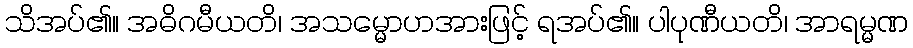
သိအပ်၏။ အဓိဂမီယတိ၊ အသမ္မောဟအားဖြင့် ရအပ်၏။ ပါပုဏီယတိ၊ အာရမ္မဏ